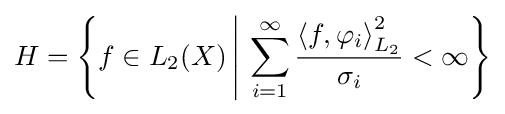
H=\left\{f\in L_{2}(X)\,{\Bigg \vert }\,\sum _{i=1}^{\infty }{\frac {\left\langle f,\varphi _{i}\right\rangle _{L_{2}}^{2}}{\sigma _{i}}}<\infty \right\}